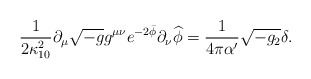
\begin{align*}\frac{1}{2\kappa _{10}^{2}}\partial _{\mu }\sqrt{-g}g^{\mu \nu }e^{-2\bar{\phi}}\partial _{\nu }\widehat{\phi} =\frac{1}{4\pi \alpha ^{\prime }}\sqrt{-g_{2}}\delta .\end{align*}